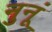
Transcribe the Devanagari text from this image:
नुनूं